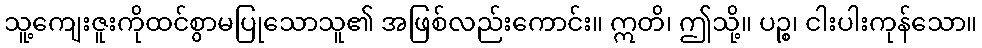
သူ့ကျေးဇူးကိုထင်စွာမပြုသောသူ၏ အဖြစ်လည်းကောင်း။ ဣတိ၊ ဤသို့။ ပဉ္စ၊ ငါးပါးကုန်သော။